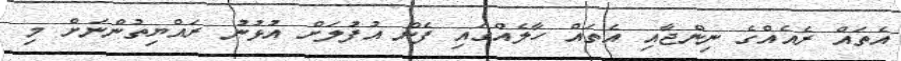
އެތައް ރެއެއްގެ ނިންޖާއި އެތައް ހާލެއްގައި ފެން އުފުލަށް އުޅުނު ރައްޔިތުންނަށް މި